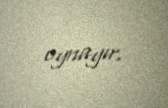
oynayır.